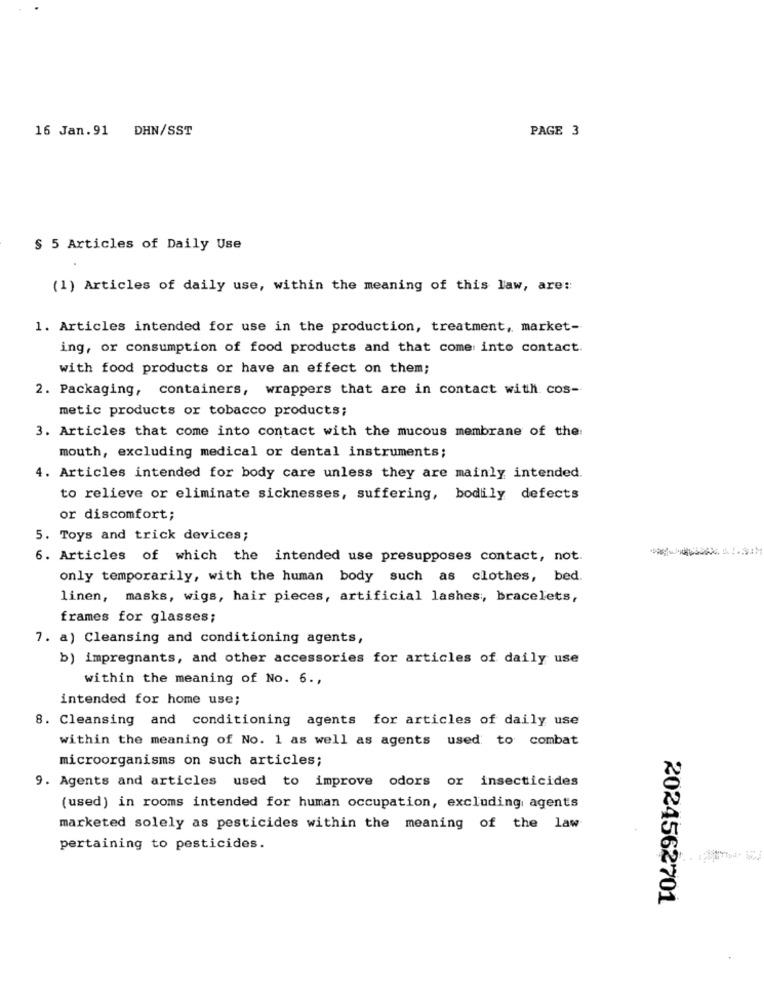
16 Jan.91 DHN/SST
PAGE 3
§ 5 Articles of Daily Use
(1) Articles of daily use, within the meaning of this law, are ::
1. Articles intended for use in the production, treatment, market-
ing, or consumption of food products and that come into contact.
with food products or have an effect on them;
2. Packaging, containers, wrappers that are in contact with cos-
metic products or tobacco products;
3. Articles that come into contact with the mucous membrane of the:
mouth, excluding medical or dental instruments;
4. Articles intended for body care unless they are mainly intended.
to relieve or eliminate sicknesses, suffering, bodily defects
or discomfort;
5. Toys and trick devices;
6. Articles of which the intended use presupposes contact, not.
only temporarily, with the human body such as clothes, bed.
linen, masks, wigs, hair pieces, artificial lashes ;, bracelets,
frames for glasses;
7. a) Cleansing and conditioning agents,
b) impregnants, and other accessories for articles of daily use
within the meaning of No. 6 .,
intended for home use;
8. Cleansing and conditioning agents for articles of daily use
within the meaning of No. 1 as well as agents used to combat
microorganisms on such articles;
9. Agents and articles used to improve odors or insecticides
(used) in rooms intended for human occupation, excluding agents
marketed solely as pesticides within the meaning of the law
pertaining to pesticides.
2024562701